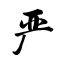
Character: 严